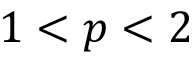
1 < p < 2